Medical and sanitary report of the native army of Madras for the year
Year: 1877
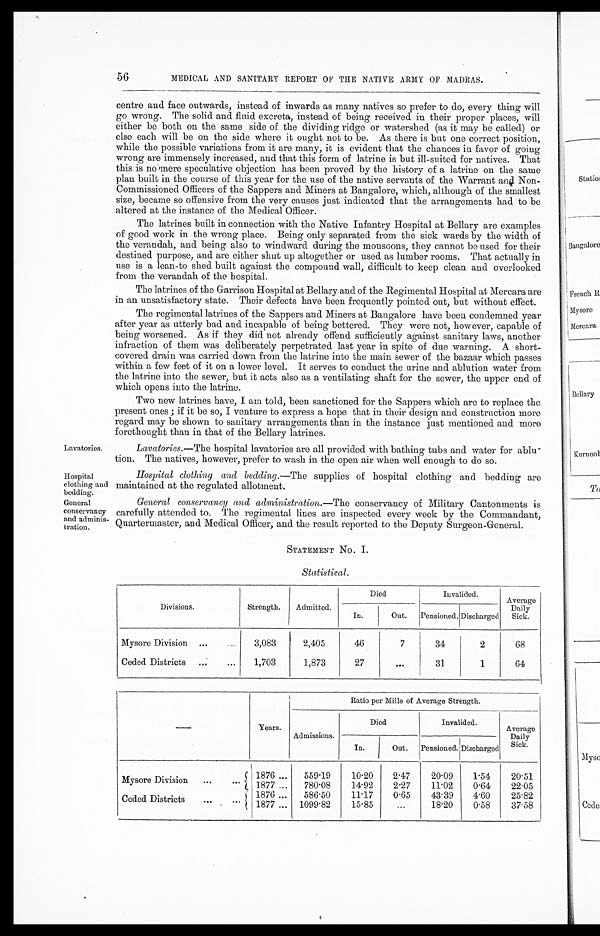
Lavatories.
Hospital
clothing and
bedding.
General
conservancy
and adminis-
tration.
56
MEDICAL AND SANITARY REPORT OF THE NATIVE ARMY OF MADRAS.
centre and face outwards, instead of inwards as many natives so prefer to do, every thing will
go wrong. The solid and fluid excreta, instead of being received in their proper places, will
either be both on the same side of the dividing ridge or watershed (as it may be called) or
else each will be on the side where it ought not to be. As there is but one correct position,
while the possible variations from it are many, it is evident that the chances in favor of going
wrong are immensely increased, and that this form of latrine is but ill-suited for natives. That
this is nomere speculative objection has been proved by the history of a latrine on the same
plan built in the course of this year for the use of the native servants of the Warrant and Non-
Commissioned Officers of the Sappers and Miners at Bangalore, which, although of the smallest
size, became so offensive from the very causes just indicated that the arrangements had to be
altered at the instance of the Medical Officer.
The latrines built in connection with the Native Infantry Hospital at Bellary are examples
of good work in the wrong place. Being only separated from the sick wards by the width of
the verandah, and being also to windward during the monsoons, they cannot be used for their
destined purpose, and are either shut up altogether or used as lumber rooms. That actually in
use is a lean-to shed built against the compound wall, difficult to keep clean and overlooked
from the verandah of the hospital.
The latrines of the Garrison Hospital at Bellary and of the Regimental Hospital at Mercara are
in an unsatisfactory state. Their defects have been frequently pointed out, but without effect.
The regimental latrines of the Sappers and Miners at Bangalore have been condemned year
after year as utterly bad and incapable of being bettered. They were not, however, capable of
being worsened. As if they did not already offend sufficiently against sanitary laws, another
infraction of them was deliberately perpetrated last year in spite of due warning. A short-
covered drain was carried down from the latrine into the main sewer of the bazaar which passes
within a few feet of it on a lower level. It serves to conduct the urine and ablution water from
the latrine into the sewer, but it acts also as a ventilating shaft for the sewer, the upper end of
which opens into the latrine.
Two new latrines have, I am told, been sanctioned for the Sappers which are to replace the
present ones ; if it be so, I venture to express a hope that in their design and construction more
regard may be shown to sanitary arrangements than in the instance just mentioned and more
forethought than in that of the Bellary latrines.
Lavatories.— The hospital lavatories are all provided with bathing tubs and water for ablu-
tion. The natives, however, prefer to wash in the open air when well enough to do so.
Hospital clothing and bedding.—The supplies of hospital clothing and bedding are
maintained at the regulated allotment.
General conservancy and administration.—The conservancy of Military Cantonments is
carefully attended to. The regimental lines are inspected every week by the Commandant,
Quartermaster, and Medical Officer, and the result reported to the Deputy Surgeon-General.
STATEMENT No. I.
Statistical.
Divisions.
Strength.
Admitted.
Died
Invalided.
Average
Daily
Sick.
In.
Out.
Pensioned. Discharged
Mysore Division ... ...
3,083
2,405
46
7
34
2
68
Ceded Districts ...
...
1,703
1,873
27
...
31
1
64
—
Years.
Ratio per Mille of Average Strength.
Admissions.
Died
Invalided.
Average
Daily
Sick.
In.
Out.
Pensioned. Discharged
Mysore Division
...
...
1876 ...
5 5 9 . 1 9
10.20
2.47
20.09
1.54
20.51
1877 ...
780.08
14.92
2.27
11.02
0.64
22.05
Ceded Districts
. .. ...
1876 ...
586.50
11.17
0.65
43.39
4.60
25.82
1877 ... 1099.82
15.85
...
18.20
0.58
37.58